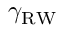
\gamma _ { \mathrm { R W } }